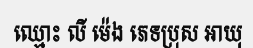
ឈ្មោះ លី ម៉េង ភេទប្រុស អាយុ